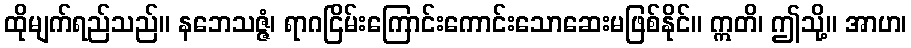
ထိုမျက်ရည်သည်။ နဘေသဇ္ဇံ၊ ရာဂငြိမ်းကြောင်းကောင်းသောဆေးမဖြစ်နိုင်။ ဣတိ၊ ဤသို့။ အာဟ၊